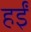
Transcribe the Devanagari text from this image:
हईं